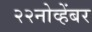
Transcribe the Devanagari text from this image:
२२नोव्हेंबर